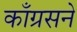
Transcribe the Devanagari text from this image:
काँग्रसने